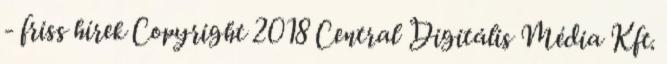
- friss hírek Copyright 2018 Central Digitális Média Kft.